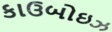
કાઉબોઇઝ